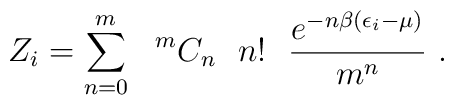
Z_{i}=\sum_{n=0}^{m} \ \ {}^{m}C_{n} \ \ n! \ \ \frac{e^{-n \beta(\epsilon_{i}-\mu)}}{m^{n}} \ .